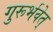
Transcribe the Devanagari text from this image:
गुरूर्भवेत्